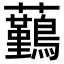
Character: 𧅻